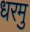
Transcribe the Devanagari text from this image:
धरमु